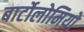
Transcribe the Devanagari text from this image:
बार्टोलोमियो